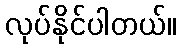
လုပ်နိုင်ပါတယ်။